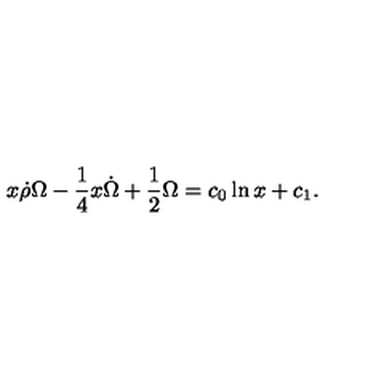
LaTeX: x \dot { \rho } \Omega - \frac { 1 } { 4 } x \dot { \Omega } + \frac { 1 } { 2 } \Omega = c _ { 0 } \ln x + c _ { 1 } .